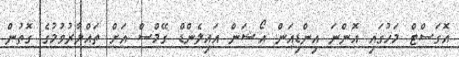
އޮގަސްޓް މަހުގައި އޮންނަ އިންޑިއަން އޯޝަން އައިލެންޑް ގޭމްސް އަށް ތައްޔާރުވުމުގެ ގޮތުން